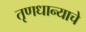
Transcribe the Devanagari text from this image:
तृणधान्याचे